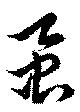
虱